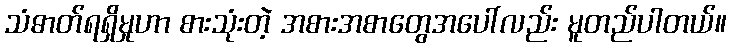
သံဓာတ်ရရှိမှုဟာ စားသုံးတဲ့ အစားအစာတွေအပေါ်လည်း မူတည်ပါတယ်။